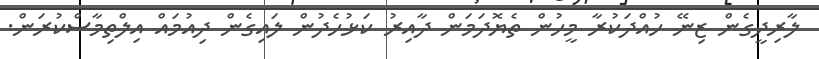
ލާރިދީގެން ޒިނޭ ހުއްދަކުރާ މީހުން ތެޔޮދަމަން ދާއިރު ކަޅުހެދުން ލައިގެން ދިއުމައް އިލްތިމާސްކުރަން.